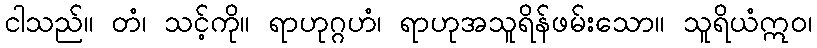
ငါသည်။ တံ၊ သင့်ကို။ ရာဟုဂ္ဂဟံ၊ ရာဟုအသူရိန်ဖမ်းသော။ သူရိယံဣဝ၊